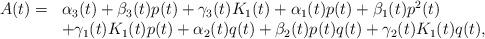
LaTeX: \begin{align*}\begin{array}[c]{rl}A(t)= & \alpha_{3}(t)+\beta_{3}(t)p(t)+\gamma_{3}(t)K_{1}(t)+\alpha_{1}(t)p(t)+\beta_{1}(t)p^{2}(t)\\& +\gamma_{1}(t)K_{1}(t)p(t)+\alpha_{2}(t)q(t)+\beta_{2}(t)p(t)q(t)+\gamma_{2}(t)K_{1}(t)q(t),\end{array}\end{align*}